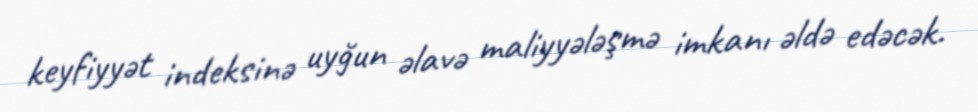
keyfiyyət indeksinə uyğun əlavə maliyyələşmə imkanı əldə edəcək.